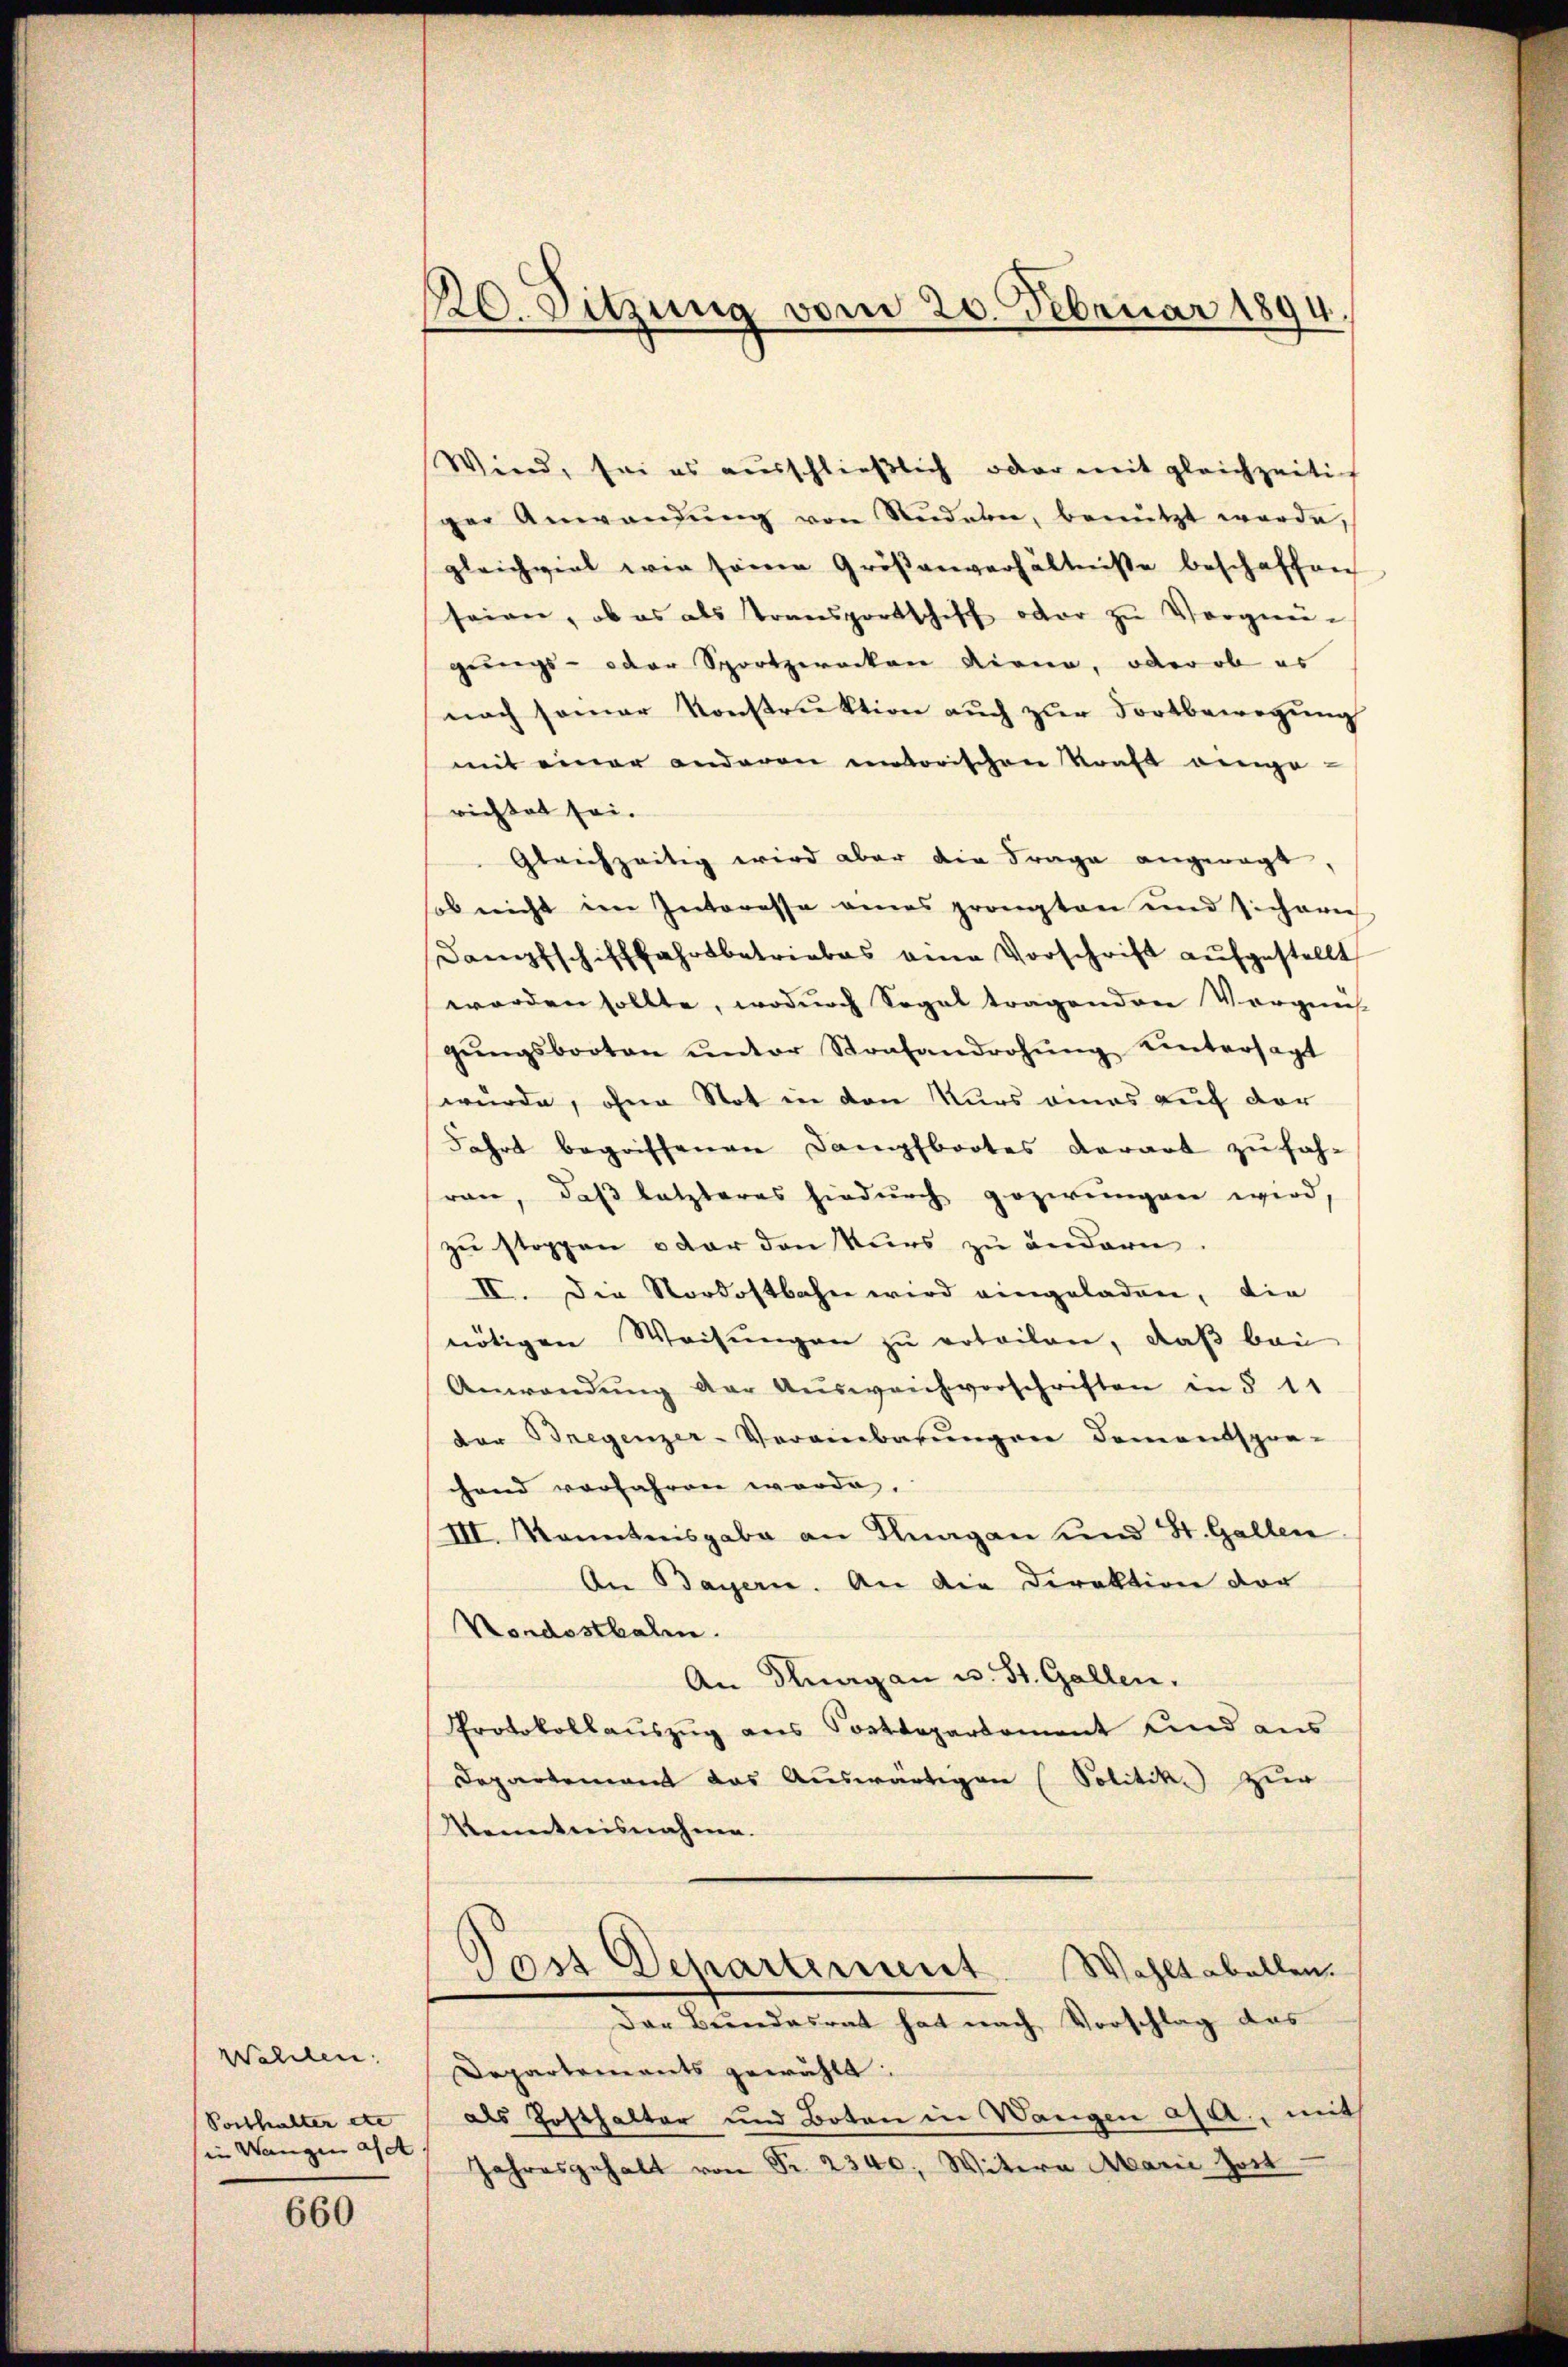
Wahlen.
Posthalter etc
in Wangen asst |

660

20. Sitzung vom 20. Februar 1894.

Wind, sei es ausschlieβlich oder mit gleichzeitig
ger Anwendŭng von Nudeln, benützt werde,
gleichviel wie seine Größenverhältnisse beschaffen
seien, ob es als Transportschiff oder zu Vorge-
gungs- oder Sportzwecken Kiena, oder ob es
nach seiner Konstruktion auch zur Fortbewegung
mit einer anderen entorischen Kraft einge-
richtet sei.
Gleichzeitig wird aber die Frage angewagt,
ob nicht im Interesse eines prongten und sicherei
Danfschifffahrsbetriebes eine Vorschrift aŭfgestellt
worden sollte, wodurch Sogal tragenden Vorgens-
gŭngsbooten ŭnter Strafandrohŭng Untersagt
würde, ohne Not in den Kurs eines auf der
Fahrt begriffenen Dampfbootes Aerart zu fahran, daß letzteres hiedurch gezwungen wird,
zu stoppen oder den Kurs zu ändern,
II. Die Nordostbahn wird eingeladen, die
nötigen Weisŭngen zŭ erteilen, daβ bei
Anwendŭng der Aŭsweichverschriften in § 11
dor Bregenzer-Vereinbarŭngen dementspre-
chand vorfahren worde.
III. Kenntnisgabe an Knagan und St. Gallen.
An Bayern. An die Direktion der
Nordosthalen.
An Klagan u. St. Gallen.
Protokollaŭszŭg ans Postdepartement und aus
Departement das Auswärtigen (Solitik zur
Vennstreisnahme.
Post Departiment
Wahltabellen.
Der Bundesrat hat nach Vorschlag das
Departements gewählt:
als Zosthalter und Boten in Wangen a/A., mit
Jahresgehalt von Fr. 2340, Witern Marie Zott